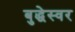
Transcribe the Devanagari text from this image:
बुद्धेस्वर